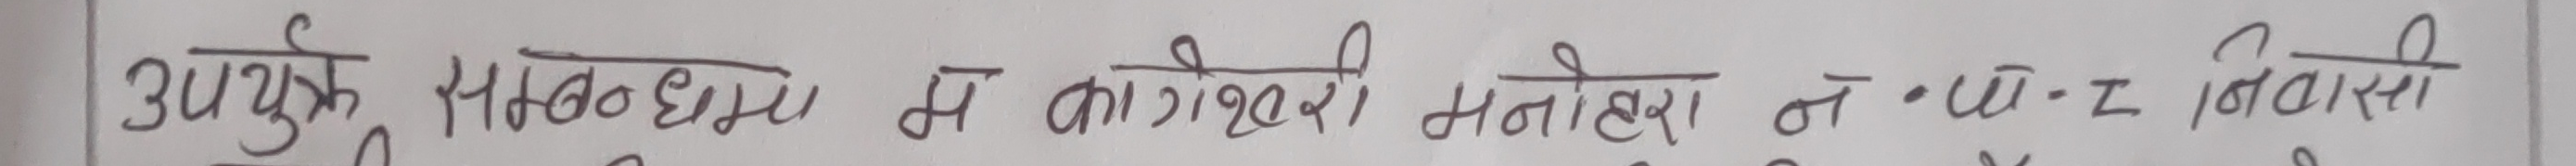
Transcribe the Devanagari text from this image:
उपयुक्त सम्बन्धमा म कागेश्वरी मनहरा न.पा-१ निवासी